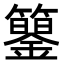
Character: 𥷍